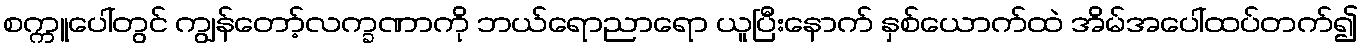
စက္ကူပေါ်တွင် ကျွန်တော့်လက္ခဏာကို ဘယ်ရောညာရော ယူပြီးနောက် နှစ်ယောက်ထဲ အိမ်အပေါ်ထပ်တက်၍